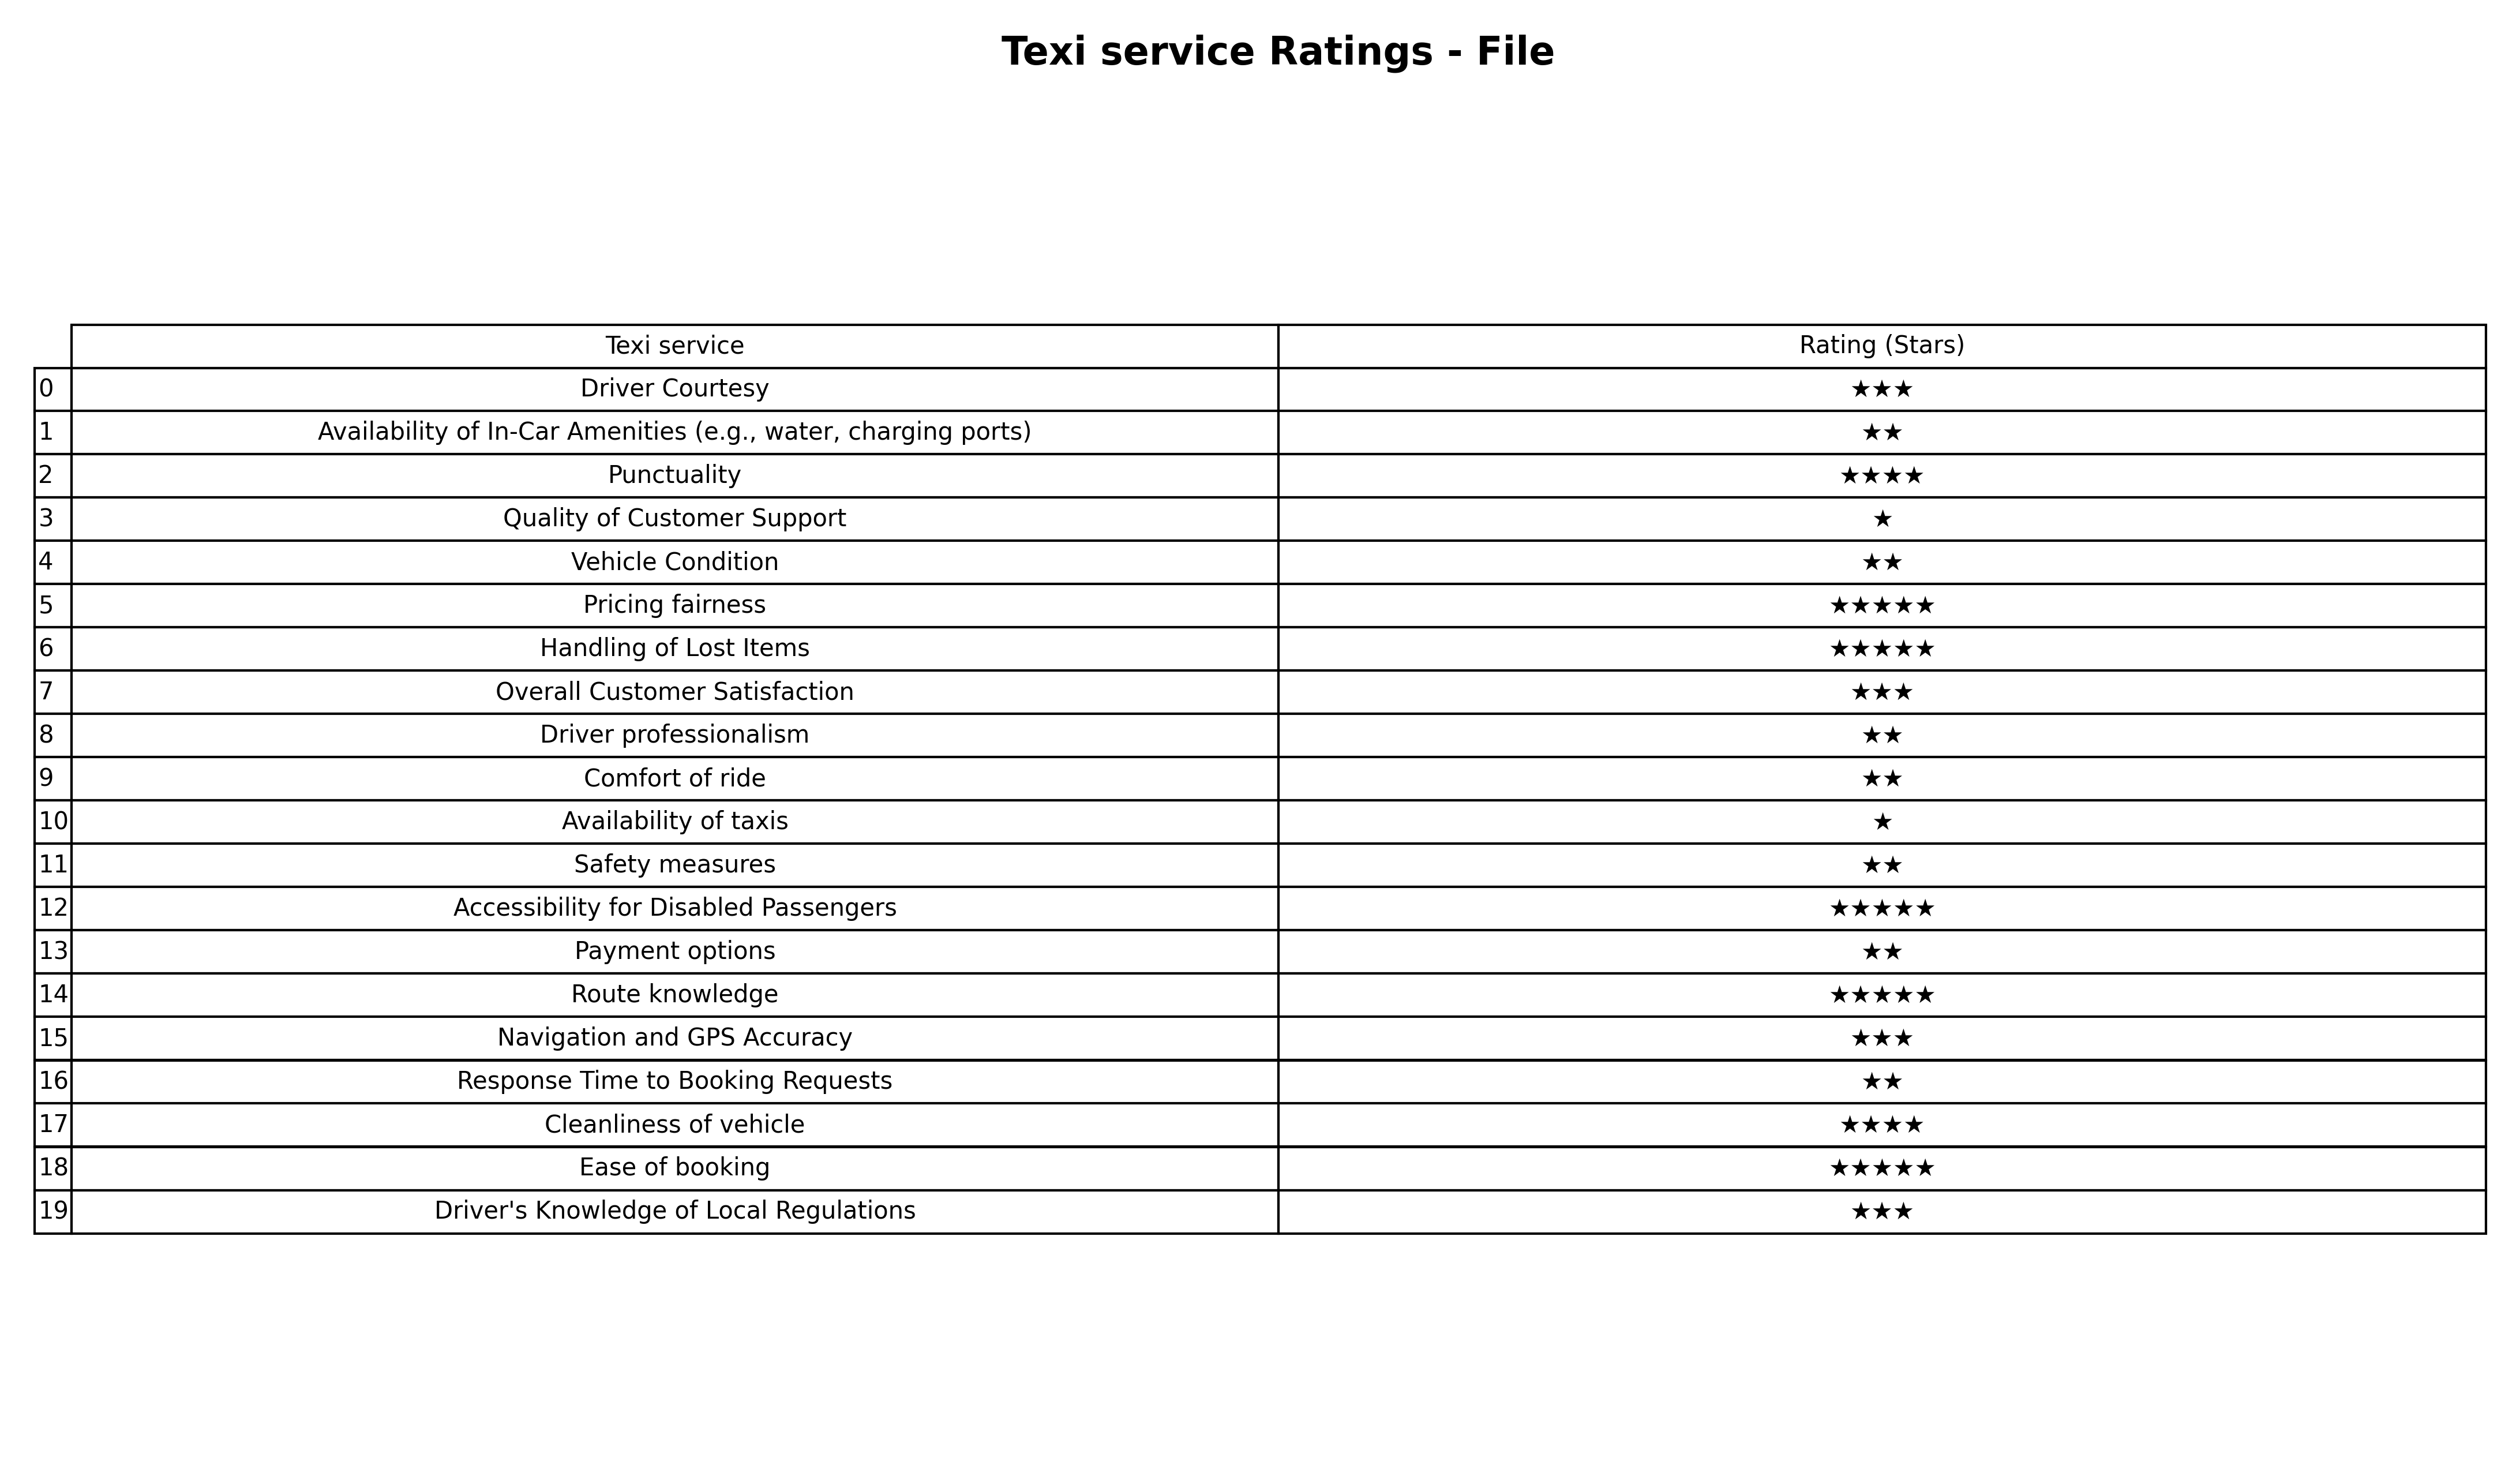
question: What are lowest rating services?
answer: PunctualityCleanliness of vehicle